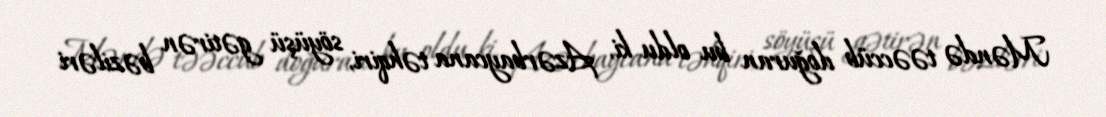
Məndə təəccüb doğuran bu oldu ki, Azərbaycana təhqiri, söyüşü gətirən bəziləri